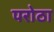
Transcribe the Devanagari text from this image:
परोठा